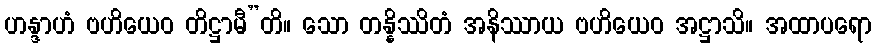
ဟန္ဒာဟံ ဗဟိယေဝ တိဋ္ဌာမီ”တိ။ သော တန္နိဿိတံ အနိဿာယ ဗဟိယေဝ အဋ္ဌာသိ။ အထာပရော